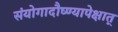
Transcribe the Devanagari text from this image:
संयोगादौष्ण्यापेक्षात्